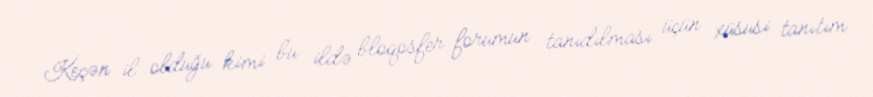
Keçən il olduğu kimi bu ildə bloqosfer forumun tanıdılması üçün xüsusi tanıtım